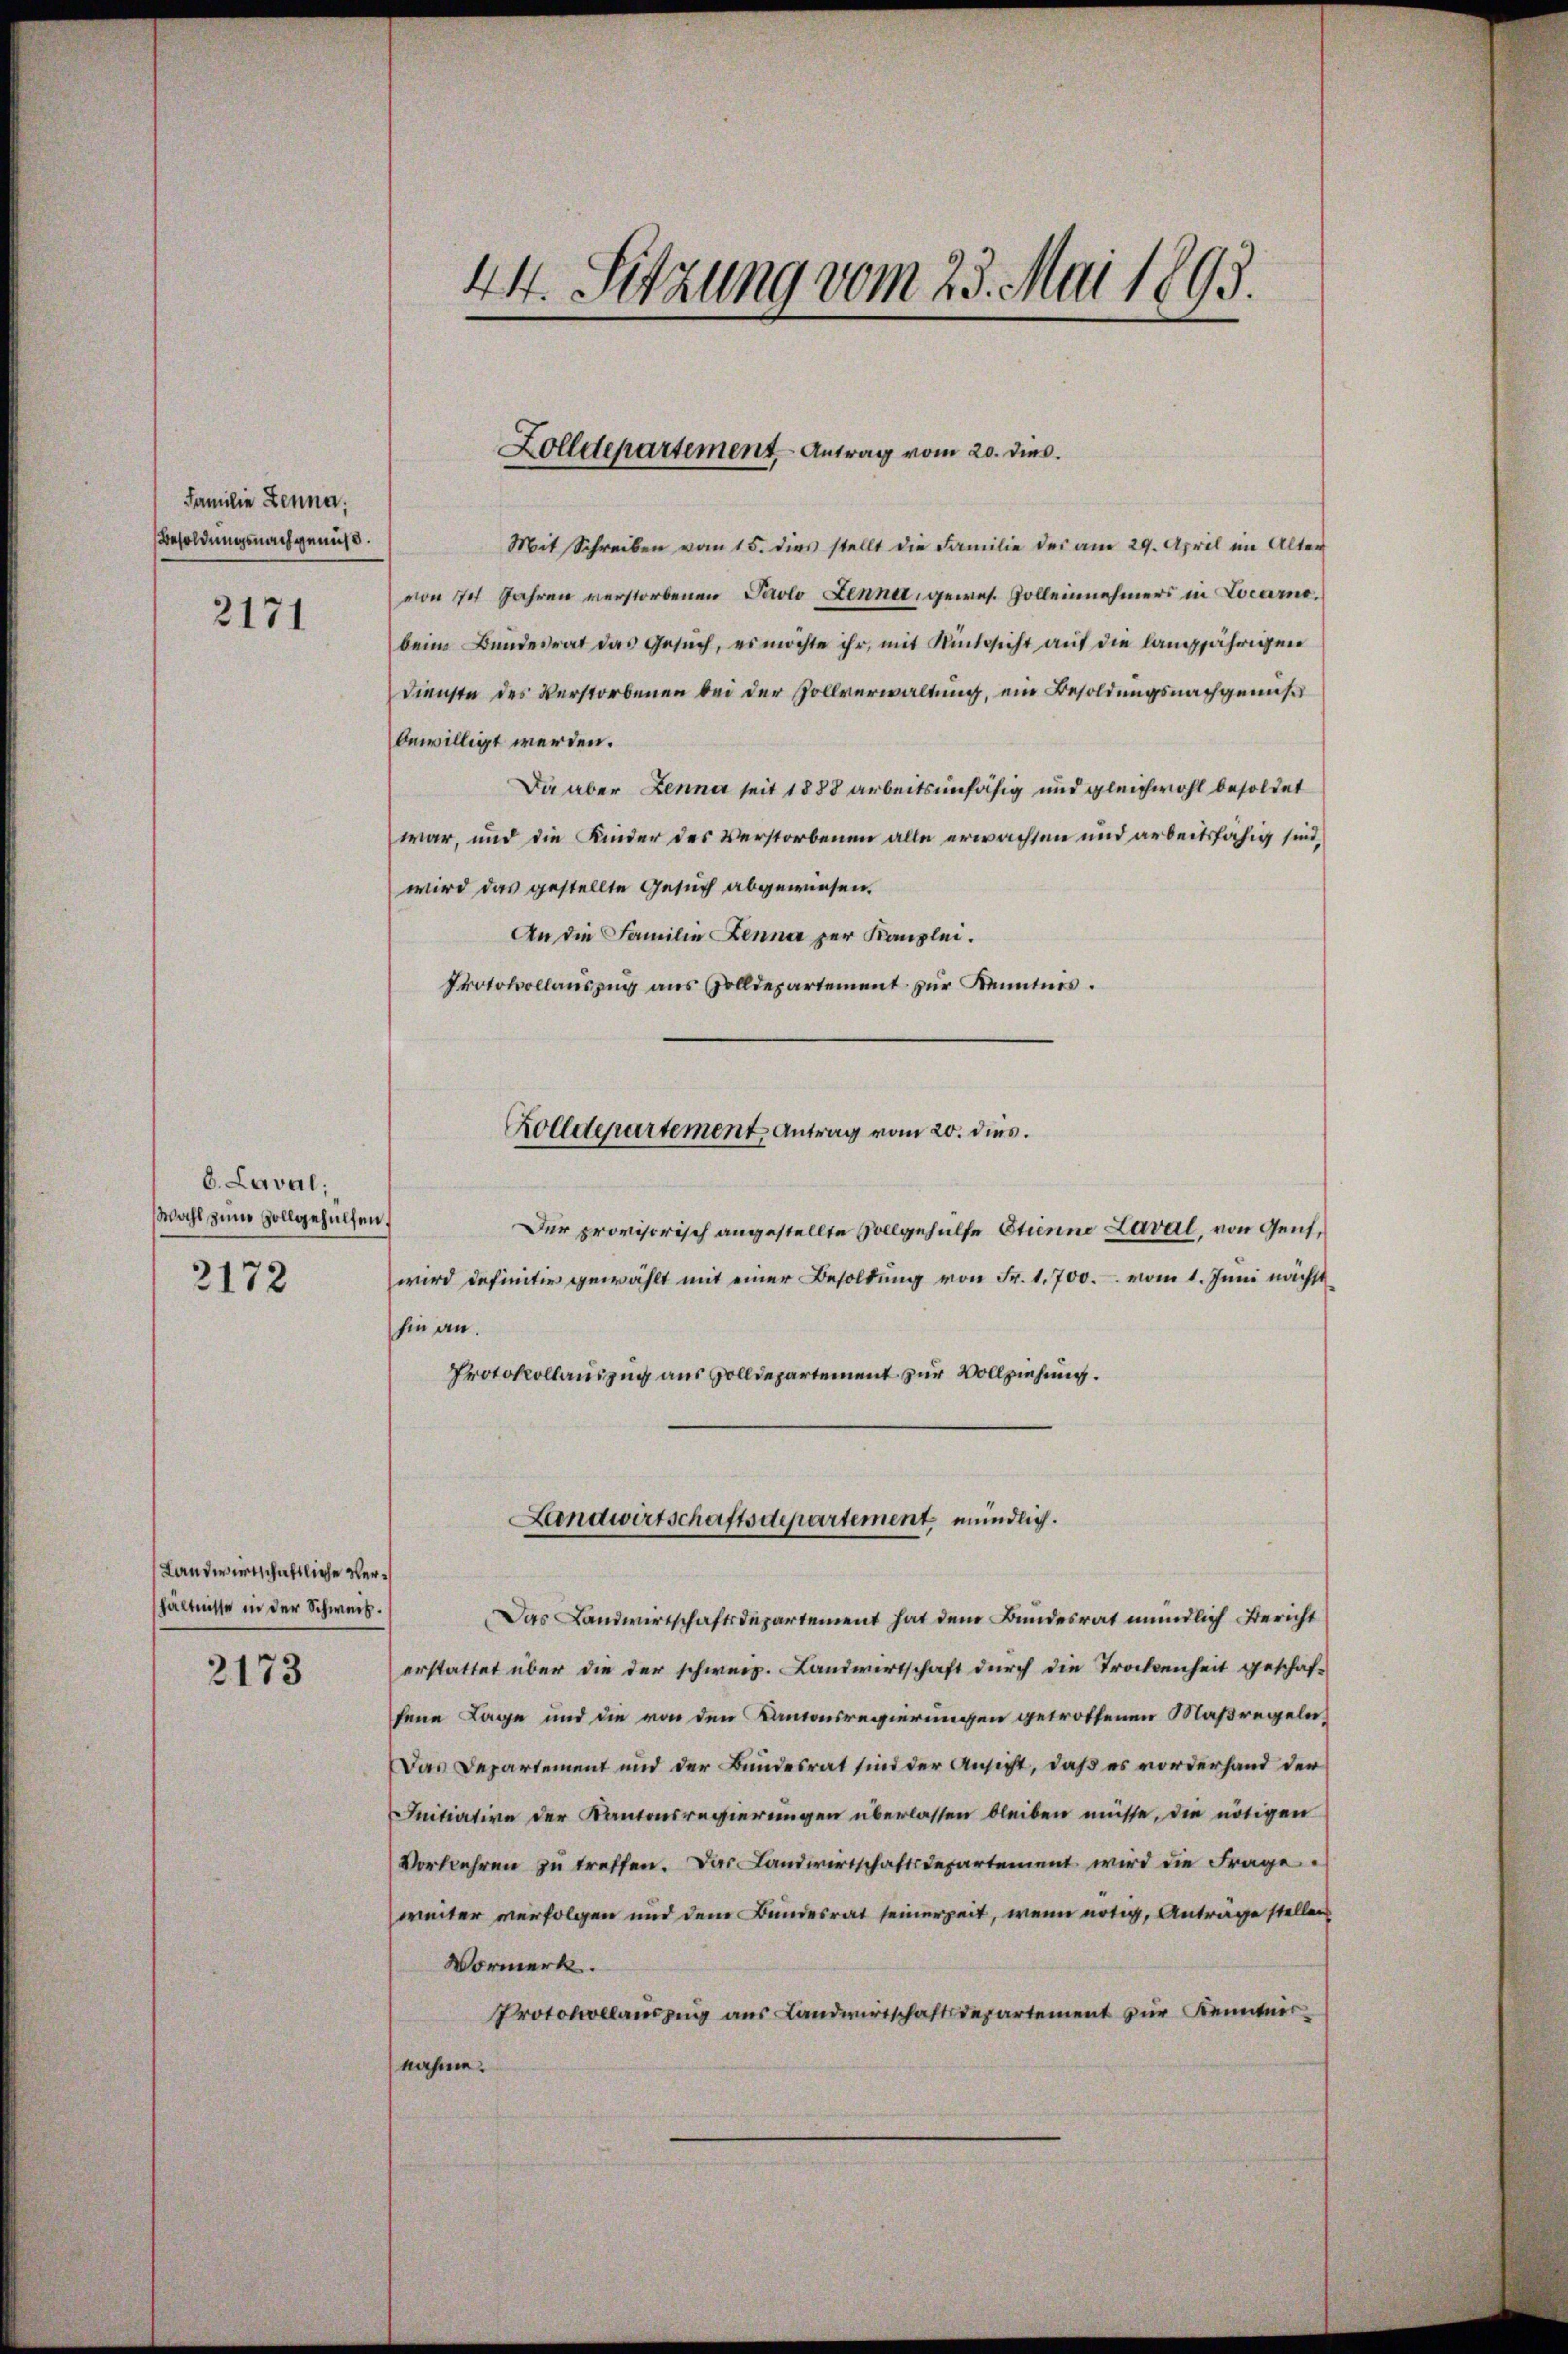
Familie Lenna.
Besoldungsnachgenuß.
2171

6. Laval;
Wahl zum Zollgehülfen.
2172

Landwirtschaftliche Verhältnisse in der Schweiz.
2173

44. Sitzung vom 23. Mai 1893.

Zolldepartement Antrag vom 20. dies

Mit Schreiben vom 15. dies stellt die Familie des am 29. April im Alter
von 14 Jahren verstorbenen Paolo Zenner, gewes. Zolleinehmers in Locarno.
beim Bundesrat das Gesŭch, es möchte ihr, mit Rücksicht auf die langjährigen
Dienste des Verstorbenen bei der Zollverwaltung, ein Besoldungsnachgenuß
bewilligt werden.
Die aber Jenne seit 1888 arbeitsunfähig und gleichwohl besoldet
war, und die Kinder des Verstorbenen alle erwachsen und arbeitsfähig sind
wird das gestellte Gesuch abgewiesen.
An die Familie Jenne zur Kanzlei.
Protokollauszug aus Zolldepartement zur Kenntnis.

Rolldepartement Antrag vom 20. dies

Der provisorisch angestellte Vollgehülfe Etienne Laval, von Gent,
wird definitiv gewählt mit einer Besoldung von Fr. 1,700. vom 1. Juni nächst
hin an.
Protokollauszug aus volldepartement zur Vollziehung.

Landwirtschaftsdepartement mündlich.

Das Landwirtschaftsdepartement hat dem Bundesrat mündlich Bericht
erstattet über die der schweiz. Landwirtschaft durch die Trockenheit geschaf-
sene Lage und die von den Kantonsregierungen getroffenen Maßregeln,
Das Departement und der Bundesrat sind der Ansicht, daß es vorderhand der
Initiative der Kantonsregierungen überlassen bleiben müsse, die nötigen
Vorkehren zu treffen. Das Landwirtschaftsdepartement wird die Frage
weiter verfolgen und dem Bundesrat seinerzeit, wenn nötig, Anträge stellen
Vormerk.
Protokollauszug aus Landwirtschaftsdepartement zur Kenntner
nahme.